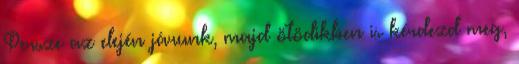
Persze az elején járunk, majd ötödikben is kérdezd meg,